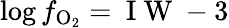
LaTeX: \log f_{\mathrm{O_{2}}}=\mathrm{~I~W~}-3